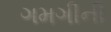
ગમગીની